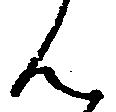
ん